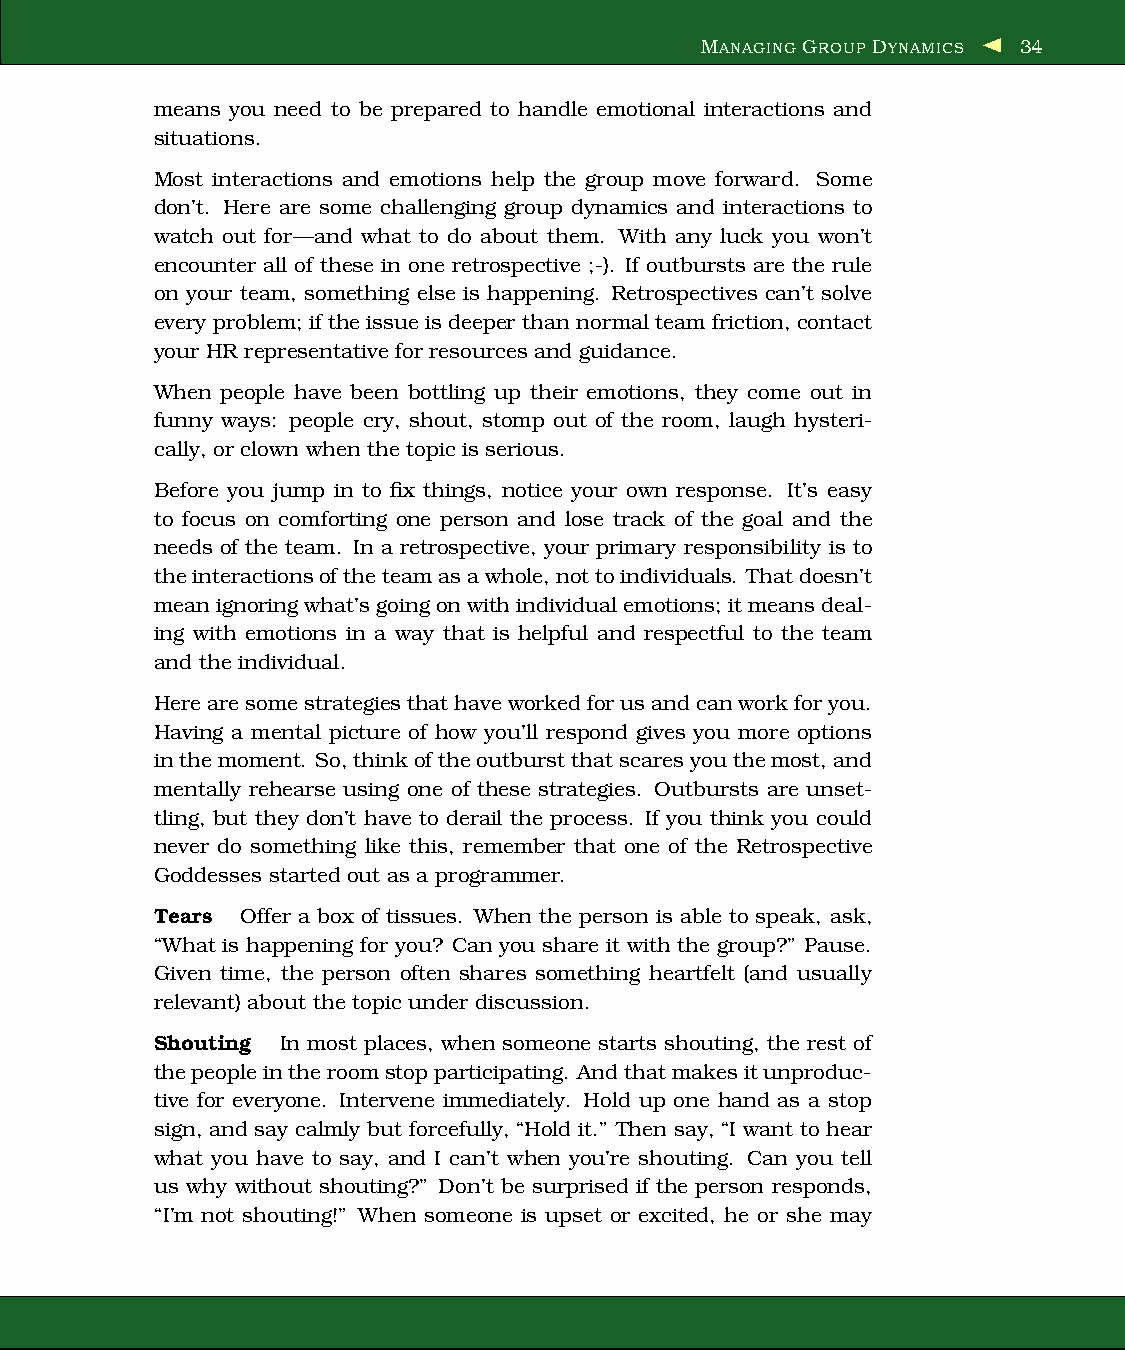
MANAGING GROUP DYNAMICS 34
 means you need to be prepared to handle emotional interactions and
 situations.
 Most interactions and emotions help the group move forward. Some
 don’t. Here are some challenging group dynamics and interactions to
 watch out for—and what to do about them. With any luck you won’t
 encounter all of these in one retrospective ;-). If outbursts are the rule
 on your team, something else is happening. Retrospectives can’t solve
 every problem; iftheissue isdeeper than normalteamfriction,contact
 your HR representativefor resources and guidance.
 When people have been bottling up their emotions, they come out in
 funny ways: people cry, shout, stomp out of the room, laugh hysteri-
 cally, or clown when the topic is serious.
 Before you jump in to fix things, notice your own response. It’s easy
 to focus on comforting one person and lose track of the goal and the
 needs of the team. In a retrospective, your primary responsibility is to
 theinteractionsoftheteamasawhole,nottoindividuals. Thatdoesn’t
 meanignoringwhat’sgoingonwithindividualemotions; itmeansdeal-
 ing with emotions in a way that is helpful and respectful to the team
 and the individual.
 Herearesomestrategiesthathaveworkedforusandcanworkforyou.
 Having a mental picture of how you’ll respond gives you more options
 inthemoment. So,thinkoftheoutburst thatscaresyouthemost, and
 mentally rehearse using one of these strategies. Outbursts are unset-
 tling, but they don’t have to derail the process. If you think you could
 never do something like this, remember that one of the Retrospective
 Goddesses started out as a programmer.
 Tears Offer a box of tissues. When the person is able to speak, ask,
 “What is happening for you? Can you share it with the group?” Pause.
 Given time, the person often shares something heartfelt (and usually
 relevant) about the topic under discussion.
 Shouting In most places, when someone starts shouting, the rest of
 thepeopleintheroomstopparticipating. Andthatmakesitunproduc-
 tive for everyone. Intervene immediately. Hold up one hand as a stop
 sign, and say calmly but forcefully, “Hold it.” Then say, “I want to hear
 what you have to say, and I can’t when you’re shouting. Can you tell
 us why without shouting?” Don’t be surprised if the person responds,
 “I’m not shouting!” When someone is upset or excited, he or she may